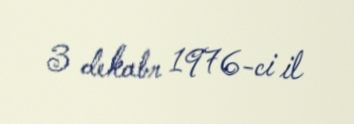
3 dekabr 1976-ci il